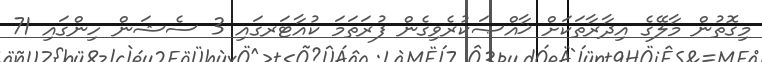
މިގޮތުން މާލޭގެ އިދާރާތަކަށް ޚާއްޞަކުރެވިގެން ފުރަތަމަ ކުއާޓަރގައި 3 ސެޝަން ހިންގައި 71